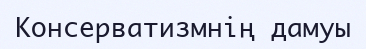
Консерватизмнің дамуы